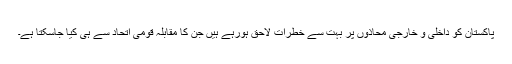
پاکستان کو داخلی و خارجی محاذوں پر بہت سے خطرات لاحق ہورہے ہیں جن کا مقابلہ قومی اتحاد سے ہی کیا جاسکتا ہے۔